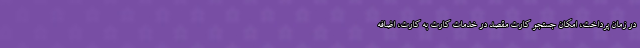
در زمان پرداخت، امکان جستجو کارت مقصد در خدمات کارت به کارت، اضافه